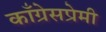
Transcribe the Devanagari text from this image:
काँग्रेसप्रेमी